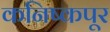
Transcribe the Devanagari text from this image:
कनिष्कपूर